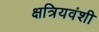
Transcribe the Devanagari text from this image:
क्षत्रियवंशी